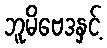
ဘူမိဗေဒနှင့်